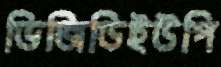
ভিজিডিইউপি